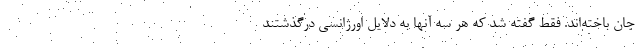
جان باخته‌اند. فقط گفته شد که هر سه آنها به دلایل اورژانسی درگذشتند